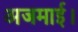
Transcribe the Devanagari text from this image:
अजमाई।